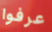
عرفوا